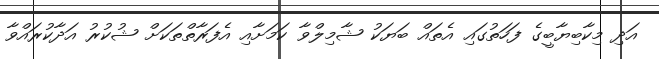
އަދި މިކާބިޔާބީގެ ފަހަތުގައި އެތައް ބަޔަކު ޝާމިލްވާ ކަމަށާއި އެފަރާތްތަކަށް ޝުކުރު އަދާކުރައްވާ